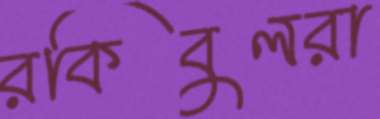
রকিবুলরা